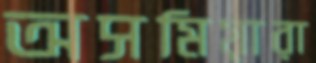
অসমিয়ারা